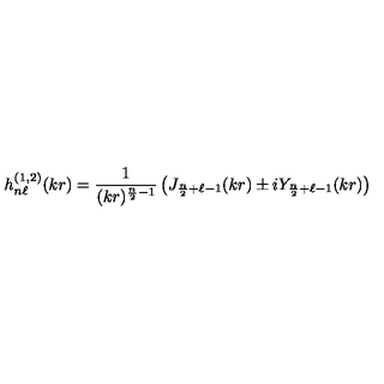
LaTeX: h _ { n \ell } ^ { ( 1 , 2 ) } ( k r ) = \frac { 1 } { ( k r ) ^ { \frac { n } { 2 } - 1 } } \left( J _ { \frac { n } { 2 } + \ell - 1 } ( k r ) \pm i Y _ { \frac { n } { 2 } + \ell - 1 } ( k r ) \right)